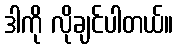
ဒါကို လိုချင်ပါတယ်။